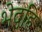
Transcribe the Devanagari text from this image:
भेदहि